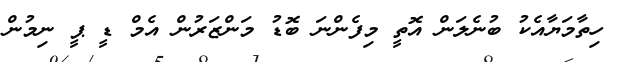
ހިތާމަޔާއެކު ބުނެލަން އޮތީ މިފެންނަ ބޮޑު މަންޒަރުން އެމް ޑީ ޕީ ނިމުން